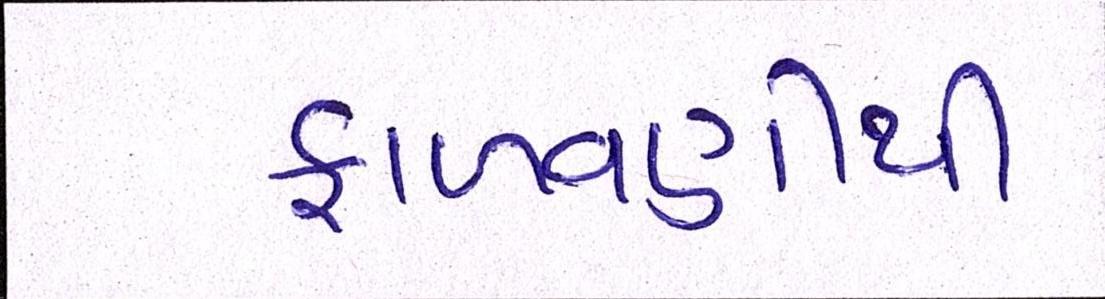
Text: ફાળવણીથી